Bréfritari: Aldís Laxdal
Dagsetning: A-1897-02-09
Skrifað á: Görðum

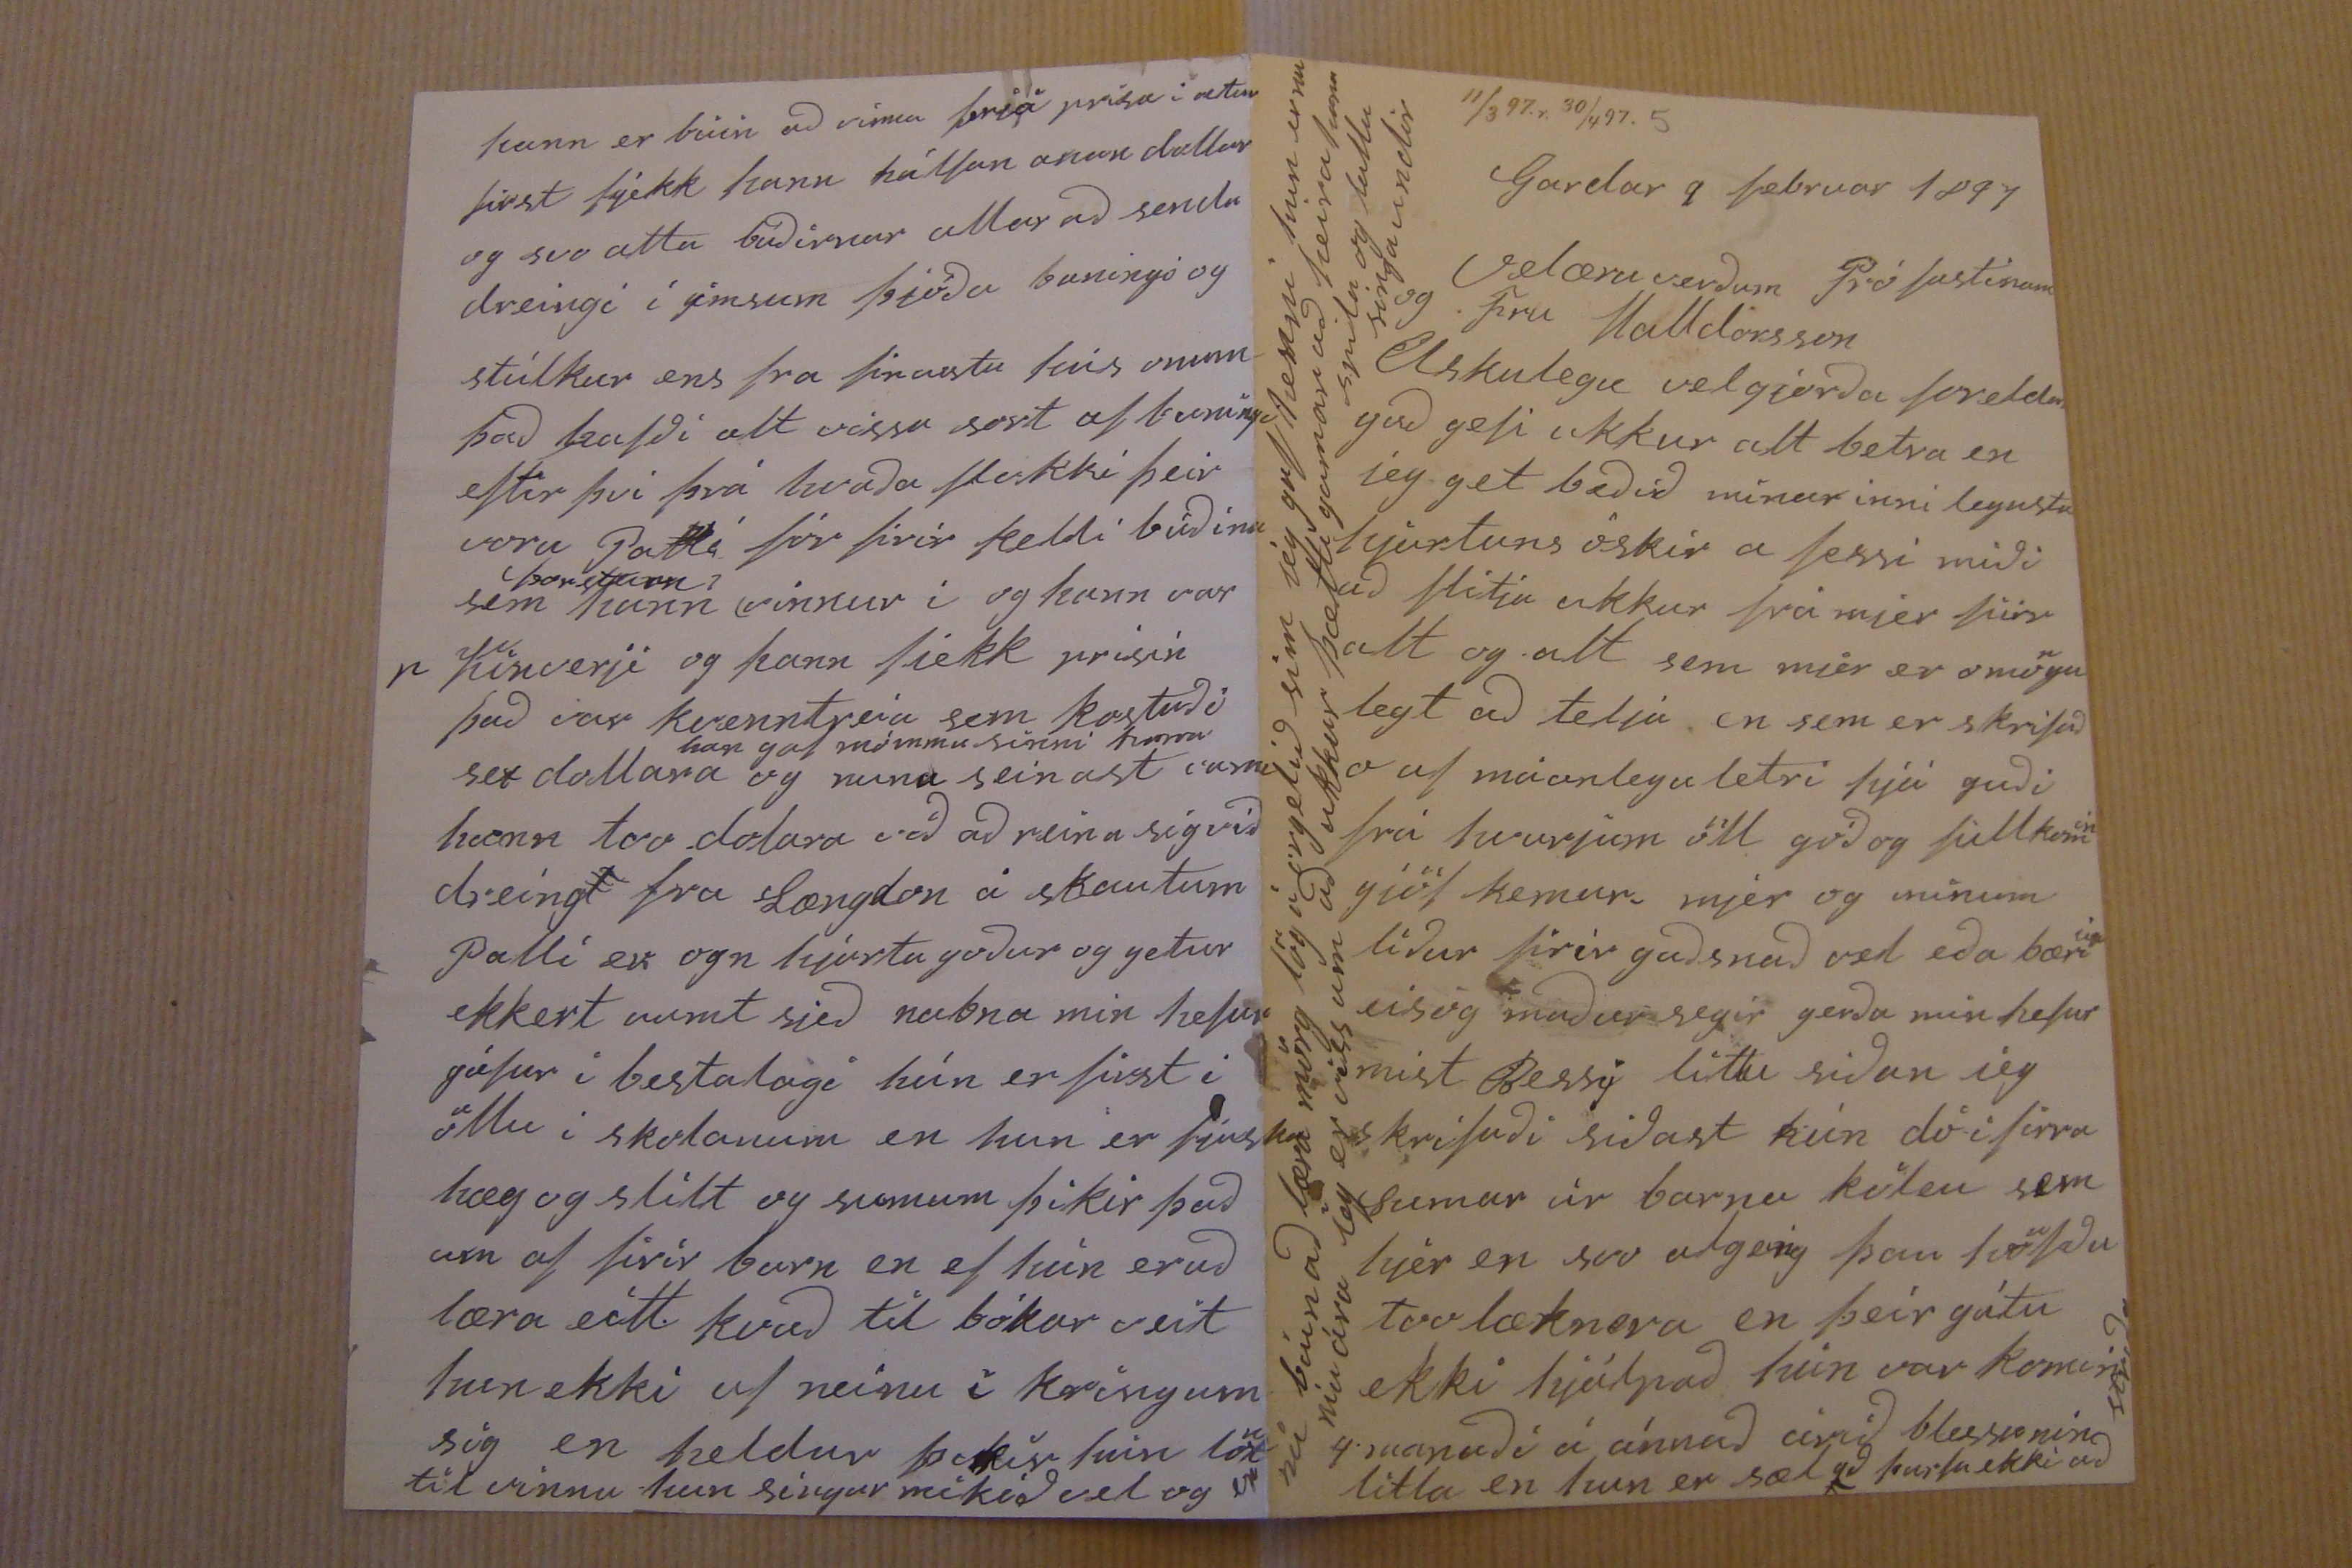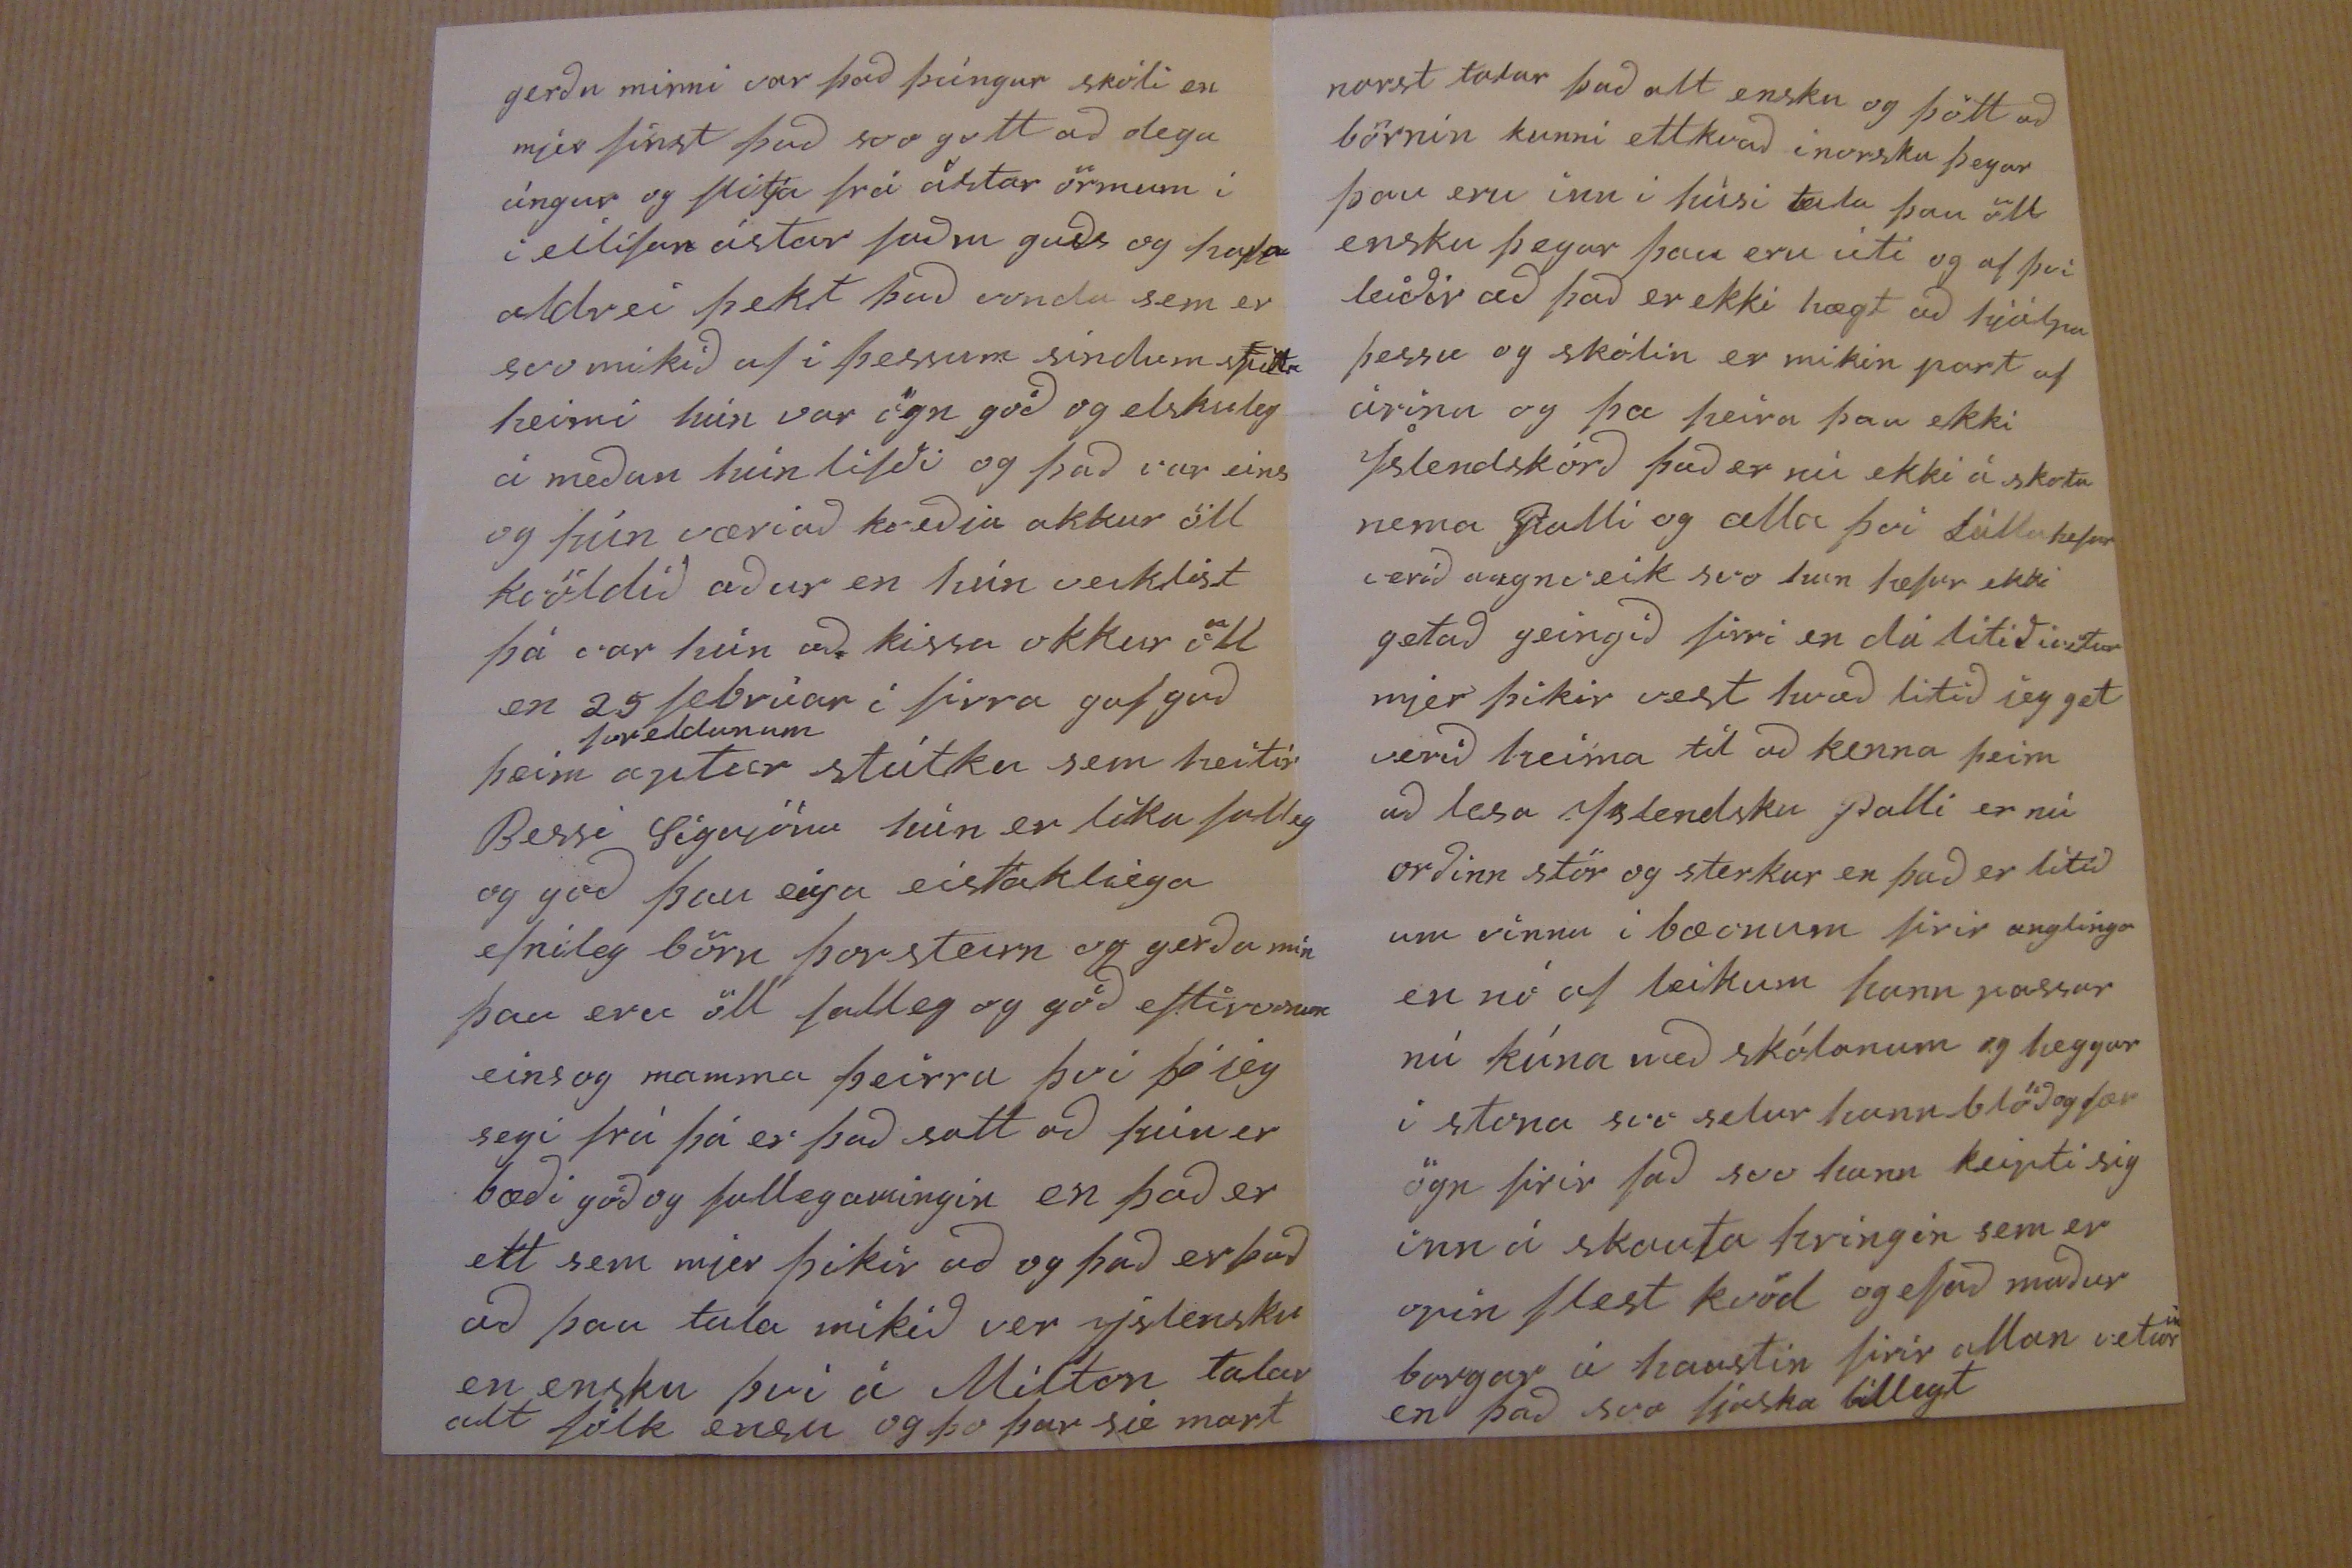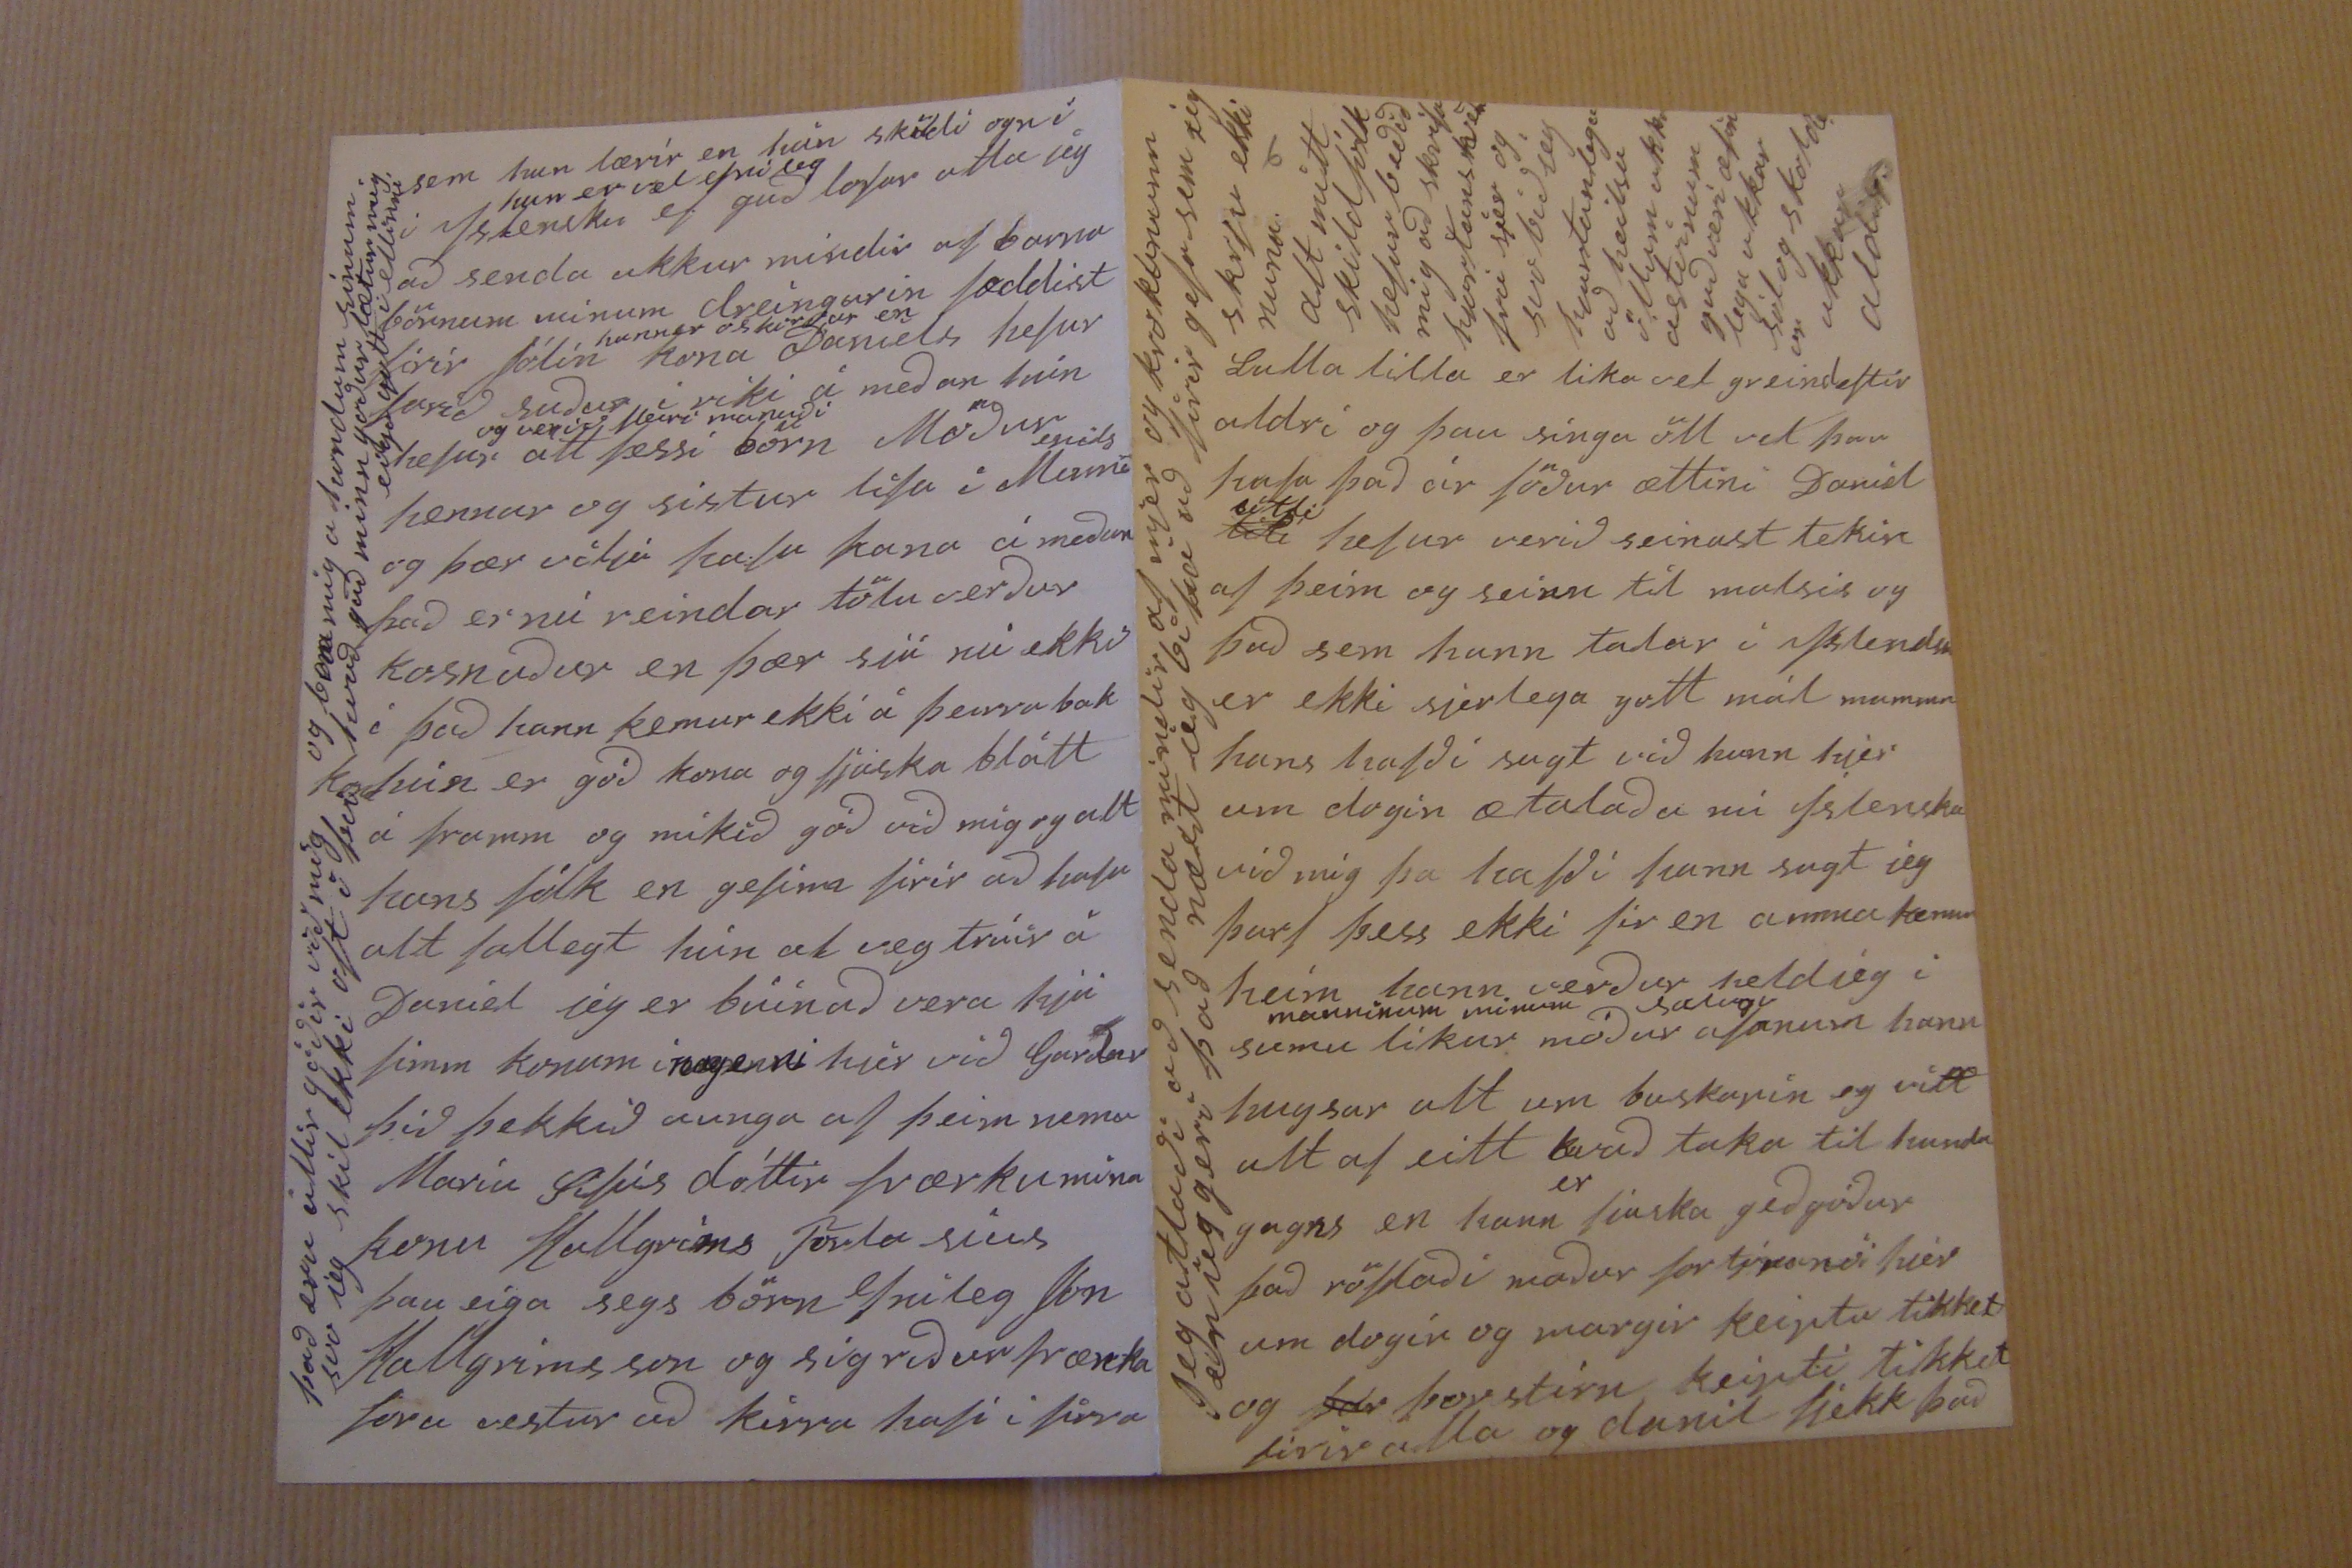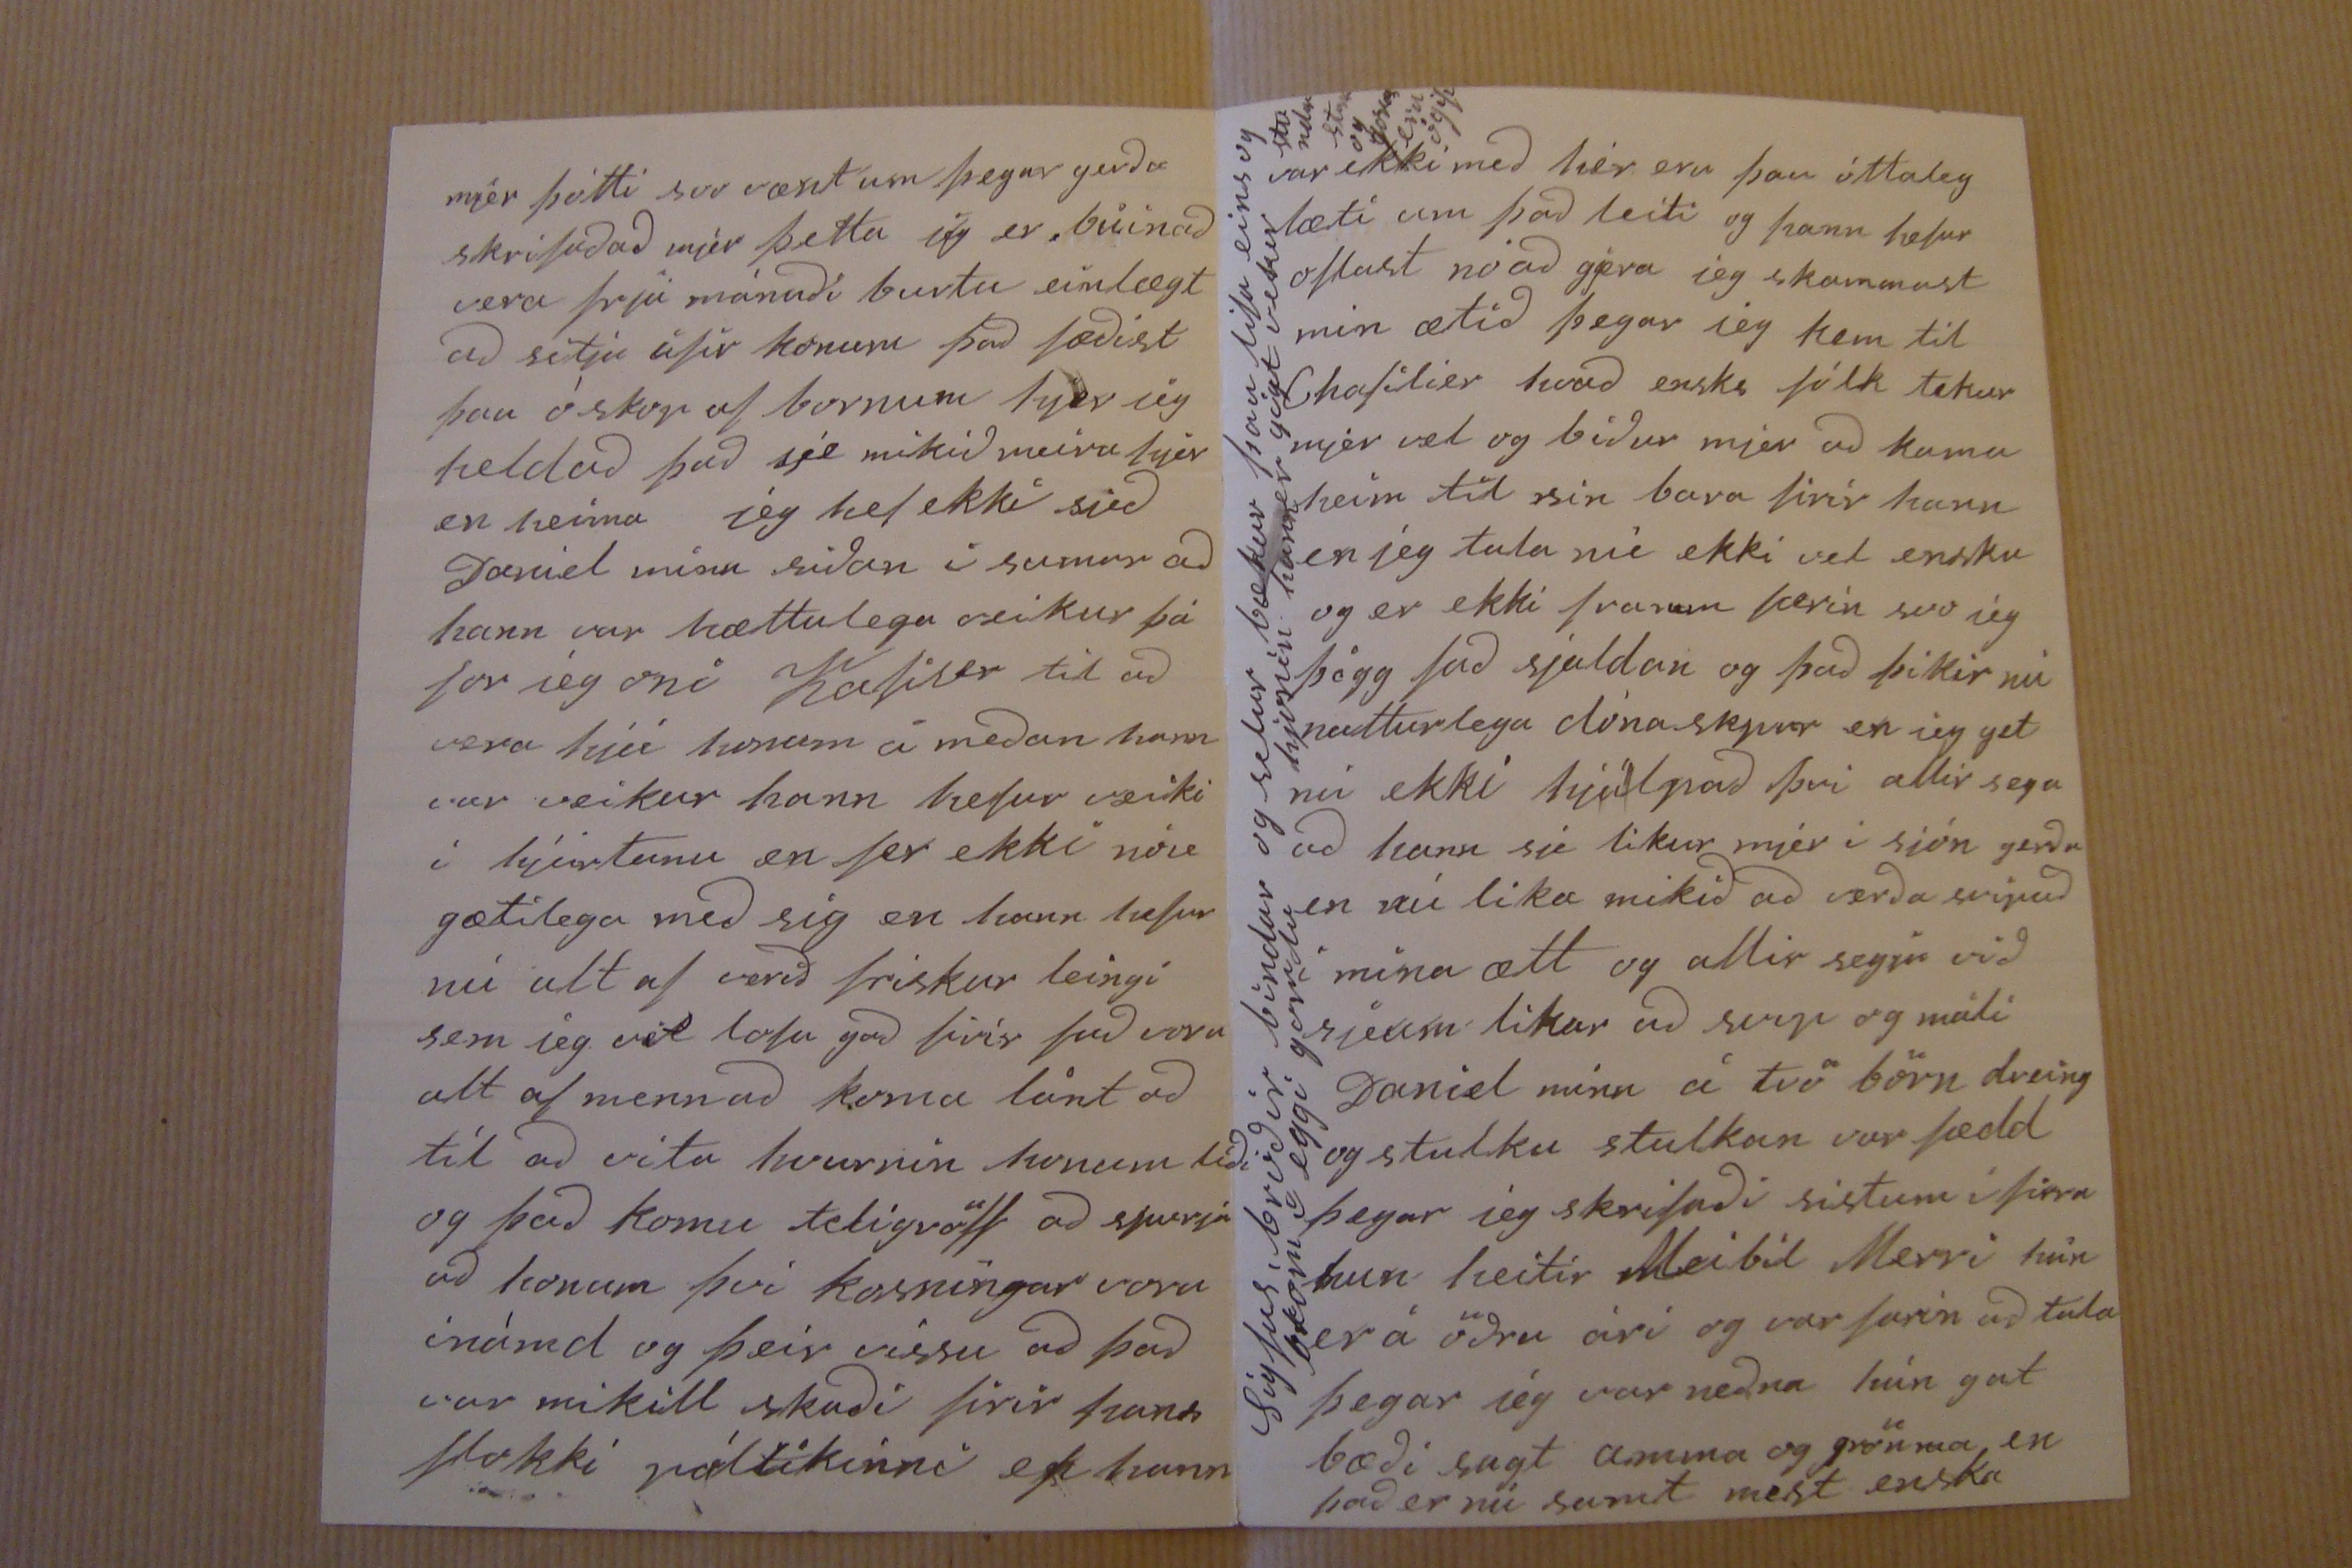

11/3 97.1. 30/4 97.5
Gardar 9 februar 1897
Velæruverðum Prófastinum og Fru Halldórsson
Elskulegu velgjorða foreldra guð gefi ukkur alt betra en jeg get beðið mínar inni legustu hjartans óskir a þessi miði að flitja ukkur frá mjer firir alt og alt sem mjer er omögu legt að telja en sem er skrifa o af máanlegu letri hjá guði frá hvurjum öll góð og fullkomin gjöf kemur, mjer og mínum líður firir guðsnað vel eða bærilig einsog maður segir gerða min hefur mist Bessý litlu síðan jeg skrifaði siðast hún dó i firra sumar úr barna kóleu sem hjer er svo algeing þau höfðu tvo læknera en þeír gátu ekki hjálpað hún var komin 4 manuði á ánnað árið blessunin litla en hun er sæl að þurfa ekki að stríða
gerðu minni var það þúngur skóli en mjer finst það svo gott að deya úngur og flitja frá ástar örmum í i eilífan ástar faðm guðs og hafa aldrei þekt það vonda sem er svo mikið af í þessum sindum spilta heimi hún var ögn góð og elskuleg á meðan hún lifði og það var eins og hún væriað kveðja okkur öll kvöldið aður en hún veiklist þá var hún að kissa okkur öll en 25 febrúar i firra gaf guð þeim
foreldunum
aptur stútku sem heitir Bessi Sigujöna hún er líka falleg og goð þau eiga einstakliega efnileg börn þorsteirn og gerða mín þau eru öll falleg og góð eftivonum eins og mamma þeirra þvi þó jeg segi frá þá er það satt að hún er bæði góð og fallegaumingin en það er ett sem mjer þikir að og það er það að þau tala mikið ver ýslensku en ensku því á Milton talar alt fólk ensku og þo þar sje mart
hann er búin að vinna þrjá prísa i vetur first fjekk hann hálfan anan dollar og svo attu búðirnar allar að senda dreingi í ýmsum þjóða buningi og stúlkur ens fra finarstu hús onum það hafði alt vissu sort af buningi eftir þvi frá hvaða flokki þeir voru Pallí fór firir keldi búðina sem
þorsteinn
hann (vinnur í og hann var r Kinverji og hann fjekk prisín það var kvenntreía sem kostaði sex dollara
han gaf mömmu sinni hann
og nuna seinast vann hann tvo dolara við að reina sig við dreíng
l
fra Længdon á skautum pallí er ogn hjarta goður og getur ekkert aumt sjeð nabna min hefur gáfur i bestalagi hún er fisst i öllu i skolanum en hun er fjaska hæg og slilt og sumum þikir það am af firir barn en ef hún eruð læra eítt kvað til bókar veit hun ekki af neínu í kringum sig en heldur þikir hun löt til vinnu hun síngur mikið vel og er nú búin að læra mörg lög á orgelið sím jeg gaf henni hun ernu níu ára Jeg er viss um að ukkur þætti gaman að heira hana spila og lullu singa undir
norst talar það alt ensku og þótt að börnin kunni ettkvað i norsku þegar þau eru inn i húsi tala þau öll ensku þegar þau eru úti og af því leiðir að það er ekki hægt að hjálpa þessu og skólin er mikin part af árinu og þa heira þau ekki Íslendskórð það er nú ekki á skota nema Palli og alla þvi Lúlla hefur verið augni eik svo hun hefur ekki getað geingið firri en dá litið ivitur mjer þikir vest hvað litið jeg get verið heima til að kenna þeim að lesa Islendsku Palli er nú orðinn stór og sterkur en það er lítið um vinnu i bæonum firir unglinga en nó af leikum hann passar nú kúna með skólanum og heggur i stona svo selur hann blöð og fær ögn firir það svo hann keipti sig inn á skauta hringin sem er opin flest kvöd og efað maður borgar á haustin firir allan veturin en það svo fjaska billegt
Lulla lilla er lika vel greindeftir aldri og þau singa öll vel þau hafa það úr föður ættini Daníel
lilí
lítli
hefur verið seinast tekin af þeim og seinn til malsis og það sem hann talar í Islendsu er ekki sjerlega gott mál mamma hans hafði sagt við hann hjer um dagin æ talaðu nú Islensku við míg þa hafði hann sagt jeg þarf þess ekki fir en amma kemur heím hann verður heldjeg i sumu líkur móður afanum
manninum minum saluga
hann hugsar alt um buskapin og vitt alt af eitt kvað taka til handa gagns en hann
er
fjaska geðgóður það röflaði maður for tónandi hjer um dagín og margir keiptu tikket og
þar
þorstírn keipti tikket firir alla og dalil fjekk það
Jeg atlaði að senda mindir af mjer og krokunum en jeg geri það næst jeg bi þá að firir gefa sem jeg skrfa ekki nuna, alt mitt skild fólk hefur beðið mig að skrifa hjartans kveðu frá sjer og svo bið jeg hjartanlega að heilsa öllum okkr ástvinum guð verí æfin lega ukkar sól og skold ur ukkur aldis.
mjér þótti svo vænt um þegar gerða skrifaðað mjer þetta jeg er búinað vera þrju mánuði burtu einlægt að sitja ufir konum það fæðist þau ó skop af bornum hjer jeg heldað það sje mikið meira hjer en heíma jeg hef ekki sjeð Daniel minn siðan i sumar að hann var hættulega veikur þá for jeg oni Kafiser til að vera hjá honum á meðan hann var veikur hann hefur veiki í hjartanu en fer ekki nóu gætilega með sig en hann hefur nú alt af verið friskur leingí sem jeg vit lofa guð firir það voru alt af menn að koma lánt að tíl að vita hvurnin honum líði og það komu telígvöll að spurja að honum því kosníngar voru ínámd og þeír víssu að það var mikill skaði firir hans flokki póltíkinni ef hann
var ekki með hér eru þau óttaleg læti um það leíti og hann hefur oftast nóað gjera jeg skammast min ætíð þegar jeg kem til Chafilier hvað enska fólk tekur mjer vel og biður mjer að koma heim til sin bara firir hann en jeg tala nú ekki vel ensku og er ekki framm kerin svo jeg þögg það sjaldan og að þikir nú natturlega dónaskpur en jeg get nú ekki hjálpað þvi allir sega að hann sje likur mjer i sjón gerðu en nú lika mikið að verða svipuð i mina ætt og allir segja við sjeum likar að svip og máli Daniel minn á tvö börn dreing og stulku stulkan var fædd þegar jeg skrifaði sistum í firra hun heítir Meibil Merri hún er á öðru ári og var farin að tala egar jeg var neðna hún gat bæði sagt amma og grönma en það er nú samt mest enska
Sigfus, bróðir bindur og selur bækur þau lifa eins og skóni i eggi gomdu hjonín hann er gögt vekur stundu star og gona eru ógift
sem hun lærír en hún skíldíogn í i Islensku
hun er vel efni leg
ef guð lofar atla jeg að senda ukkur mindir af barna börnum mínum dreíngurin fæddist firir Jólín
hanner óskirdur en
kona Daníels hefur farið suður i viki á meðan hún hefur
og verið fleiri manuði
átt þessí börn Móður hennar og sistur lifa i
Mamienids
og þær vilja hafa hana á meðan það er nú reindar tölu verður kosnaður en þær sjá nú ekki i það hann kemur ekkí á þeirra bak kona hún er góð kona og fjaska blátt á framm og mikið góð við mig og alt hans fólk en gefinn firir að hafa alt fallegt hún al veg trúir á Daníel jeg er búin að vera hjá fimm konum i nagenni hjer við Garðar þið þekkið aunga af þeim nema Maríu Sifús dóttir frærku mina konu Hallgríms Torla síus þau eíga segs börn efnileg Jón Hallgrims son og Sigriður frænka foru vestur að kirra hafi i firra
það eru allir góðir við mig og bera mig a lundum sínum svo jeg skil ekki oft i því hvað guð minn goður lætur mig eíga gott i ellinni